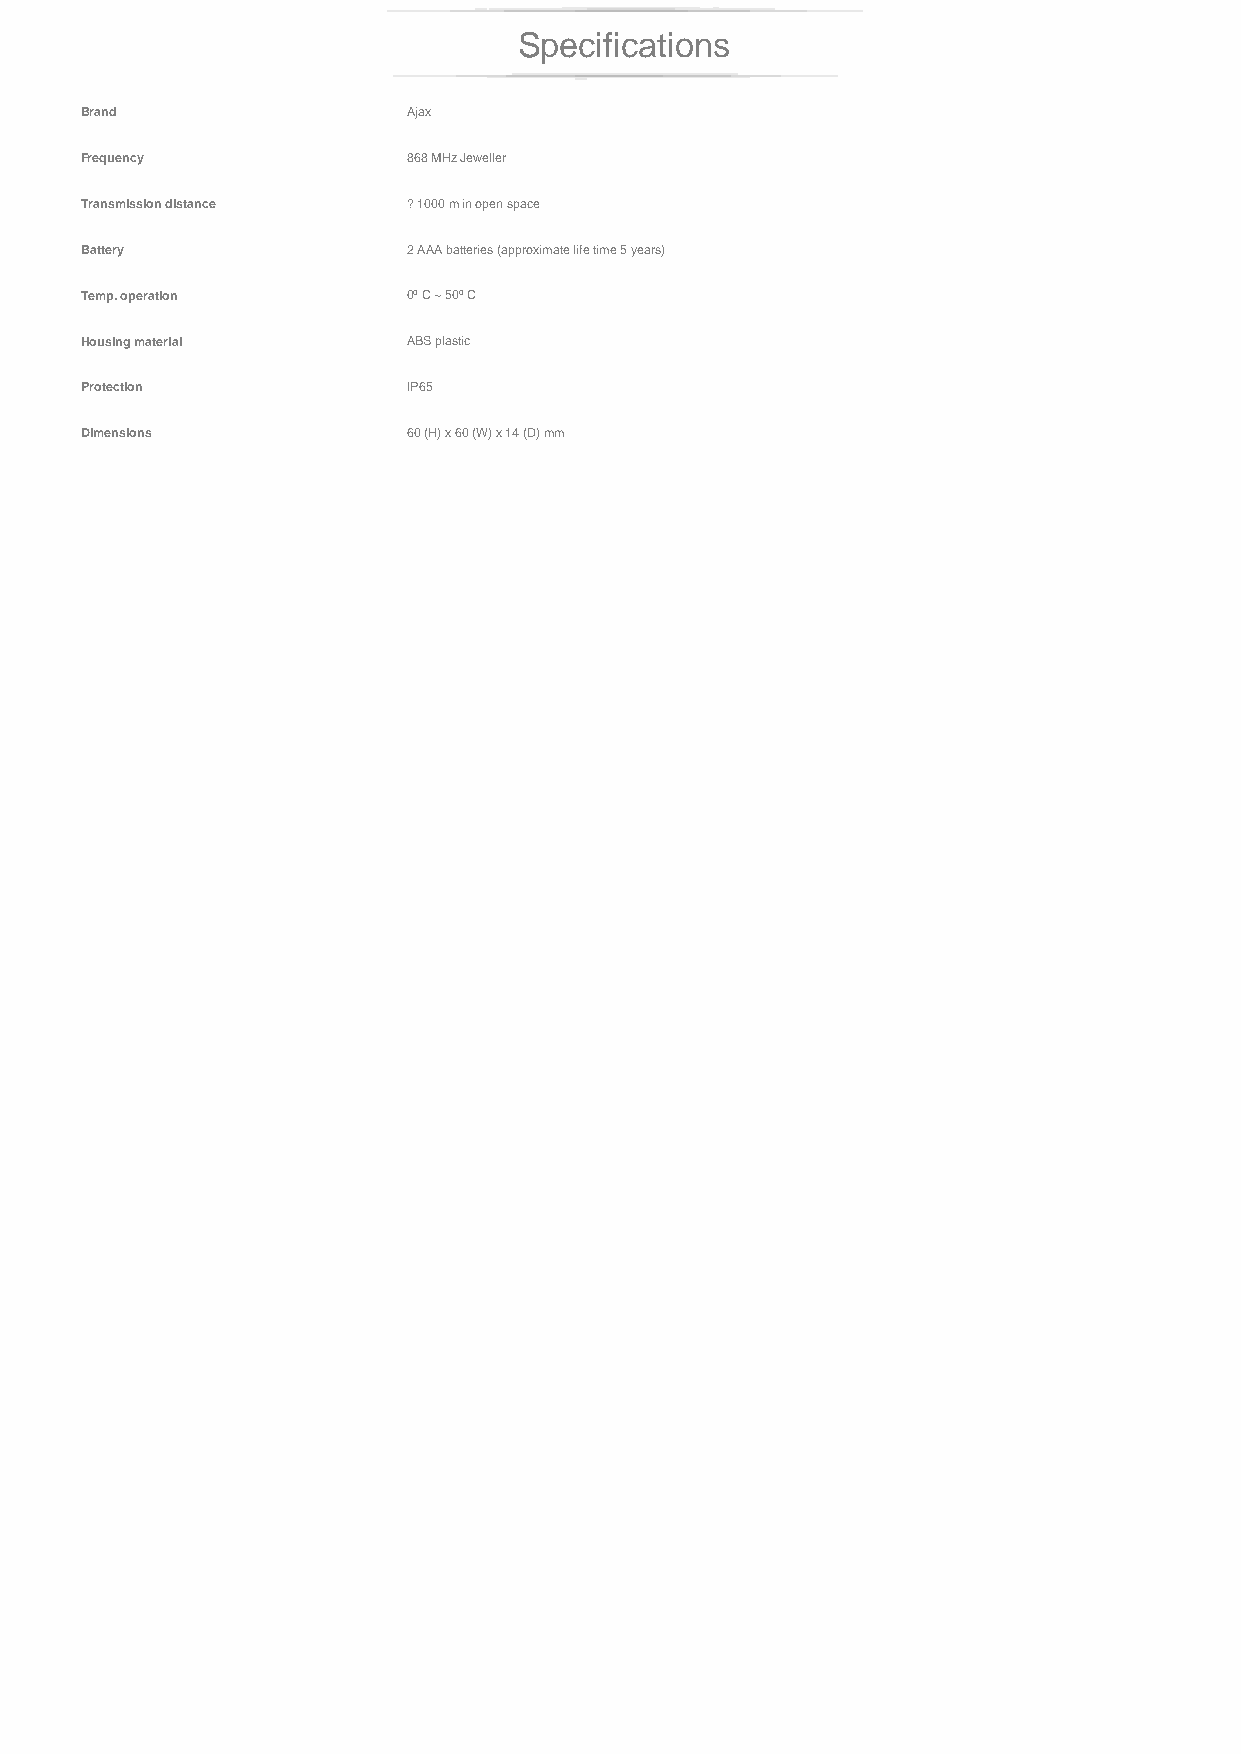
Specifications
 Brand                 Ajax
 Frequency             868 MHz Jeweller
 Transmission distance ? 1000 m in open space
 Battery               2 AAA batteries (approximate life time 5 years)
 Temp. operation       0º C ~ 50º C
 Housing material      ABS plastic
 Protection            IP65
 Dimensions            60 (H) x 60 (W) x 14 (D) mm